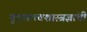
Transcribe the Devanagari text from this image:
पुरातत्त्वशास्त्रज्ञांची